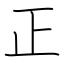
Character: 正